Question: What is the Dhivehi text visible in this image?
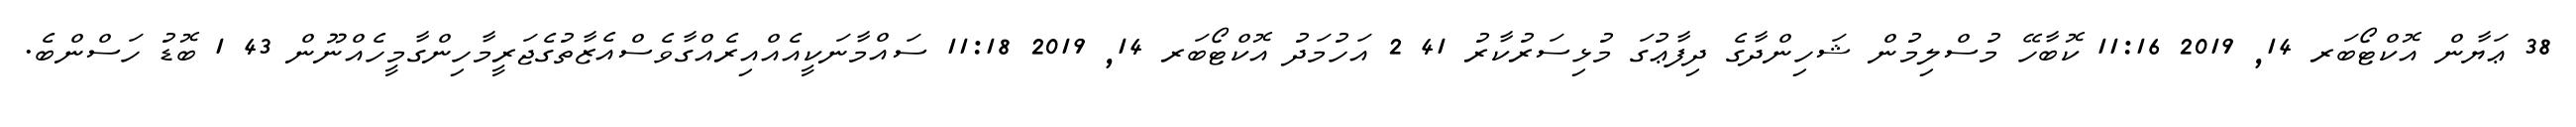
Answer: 38 ޢަޔާން އޮކްޓޯބަރ 14, 2019 11:16 ކޮބާހޭ މުސްލިމުން ޝަހިންދާގެ ދިފާޢުގަ މުޅިސަރުކާރު 41 2 އަހުމަދު އޮކްޓޯބަރ 14, 2019 11:18 ސައްމާނަކީއެއްއިރެއްގާވެސްއެޒާތުގެޖަރީމާހިންގާމީހެއްނޫން 43 1 ބޮޑު ހަސްންބެ.